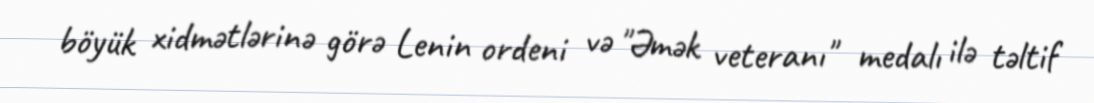
böyük xidmətlərinə görə Lenin ordeni və "Əmək veteranı" medalı ilə təltif